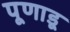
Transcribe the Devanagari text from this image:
पूणाडू